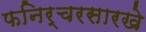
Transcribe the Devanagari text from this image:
फनिर्चरसारखे